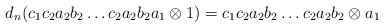
\begin{align*}d_n(c_1c_2a_2b_2 \dots c_2a_2b_2a_1 \otimes 1) = c_1c_2a_2b_2 \dots c_2a_2b_2 \otimes a_1\end{align*}